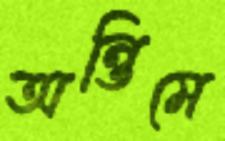
অন্তিমে